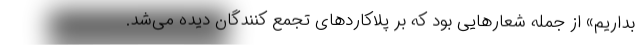
بداریم» از جمله شعارهایی بود که بر پلاکاردهای تجمع کنندگان دیده می‌شد.